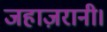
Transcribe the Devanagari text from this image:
जहाज़रानी।